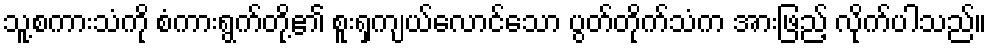
သူ့စကားသံကို စံကားရွက်တို့၏ စူးရှကျယ်လောင်သော ပွတ်တိုက်သံက အားဖြည့် လိုက်ပါသည်။